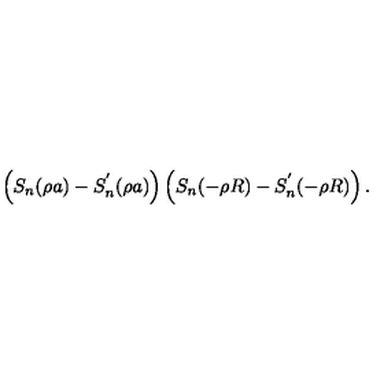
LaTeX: \left( S _ { n } ( \rho a ) - S _ { n } ^ { ' } ( \rho a ) \right) \left( S _ { n } ( - \rho R ) - S _ { n } ^ { ' } ( - \rho R ) \right) .